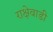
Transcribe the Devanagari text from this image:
राक्षेवाडी